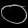
Digit: ၀